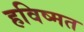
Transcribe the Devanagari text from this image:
हविष्मत